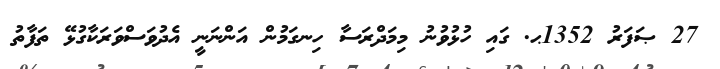
27 ޞަފަރު 1352ޙ. ގައި ހުޅުވުނު މިމަދްރަސާ ހިނގަމުން އަންނަނީ އެދުވަސްވަރަކާގުޅޭ ތަފާތު